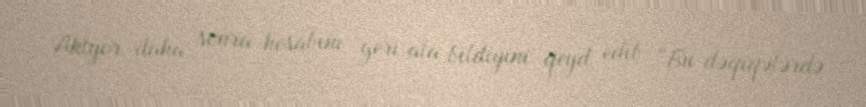
Aktyor daha sonra hesabını geri ala bildiyini qeyd edib: “Bu dəqiqələrdə